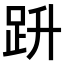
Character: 𧿘